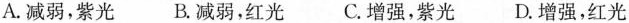
A.减弱，紫光 B.减弱，红光 C.增强，紫光 D.增强，红光